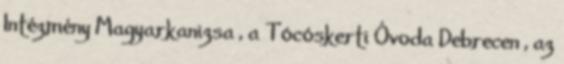
Intézmény Magyarkanizsa , a Tócóskerti Óvoda Debrecen , az